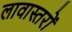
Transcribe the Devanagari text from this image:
लावास्तरों